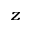
_ { z }